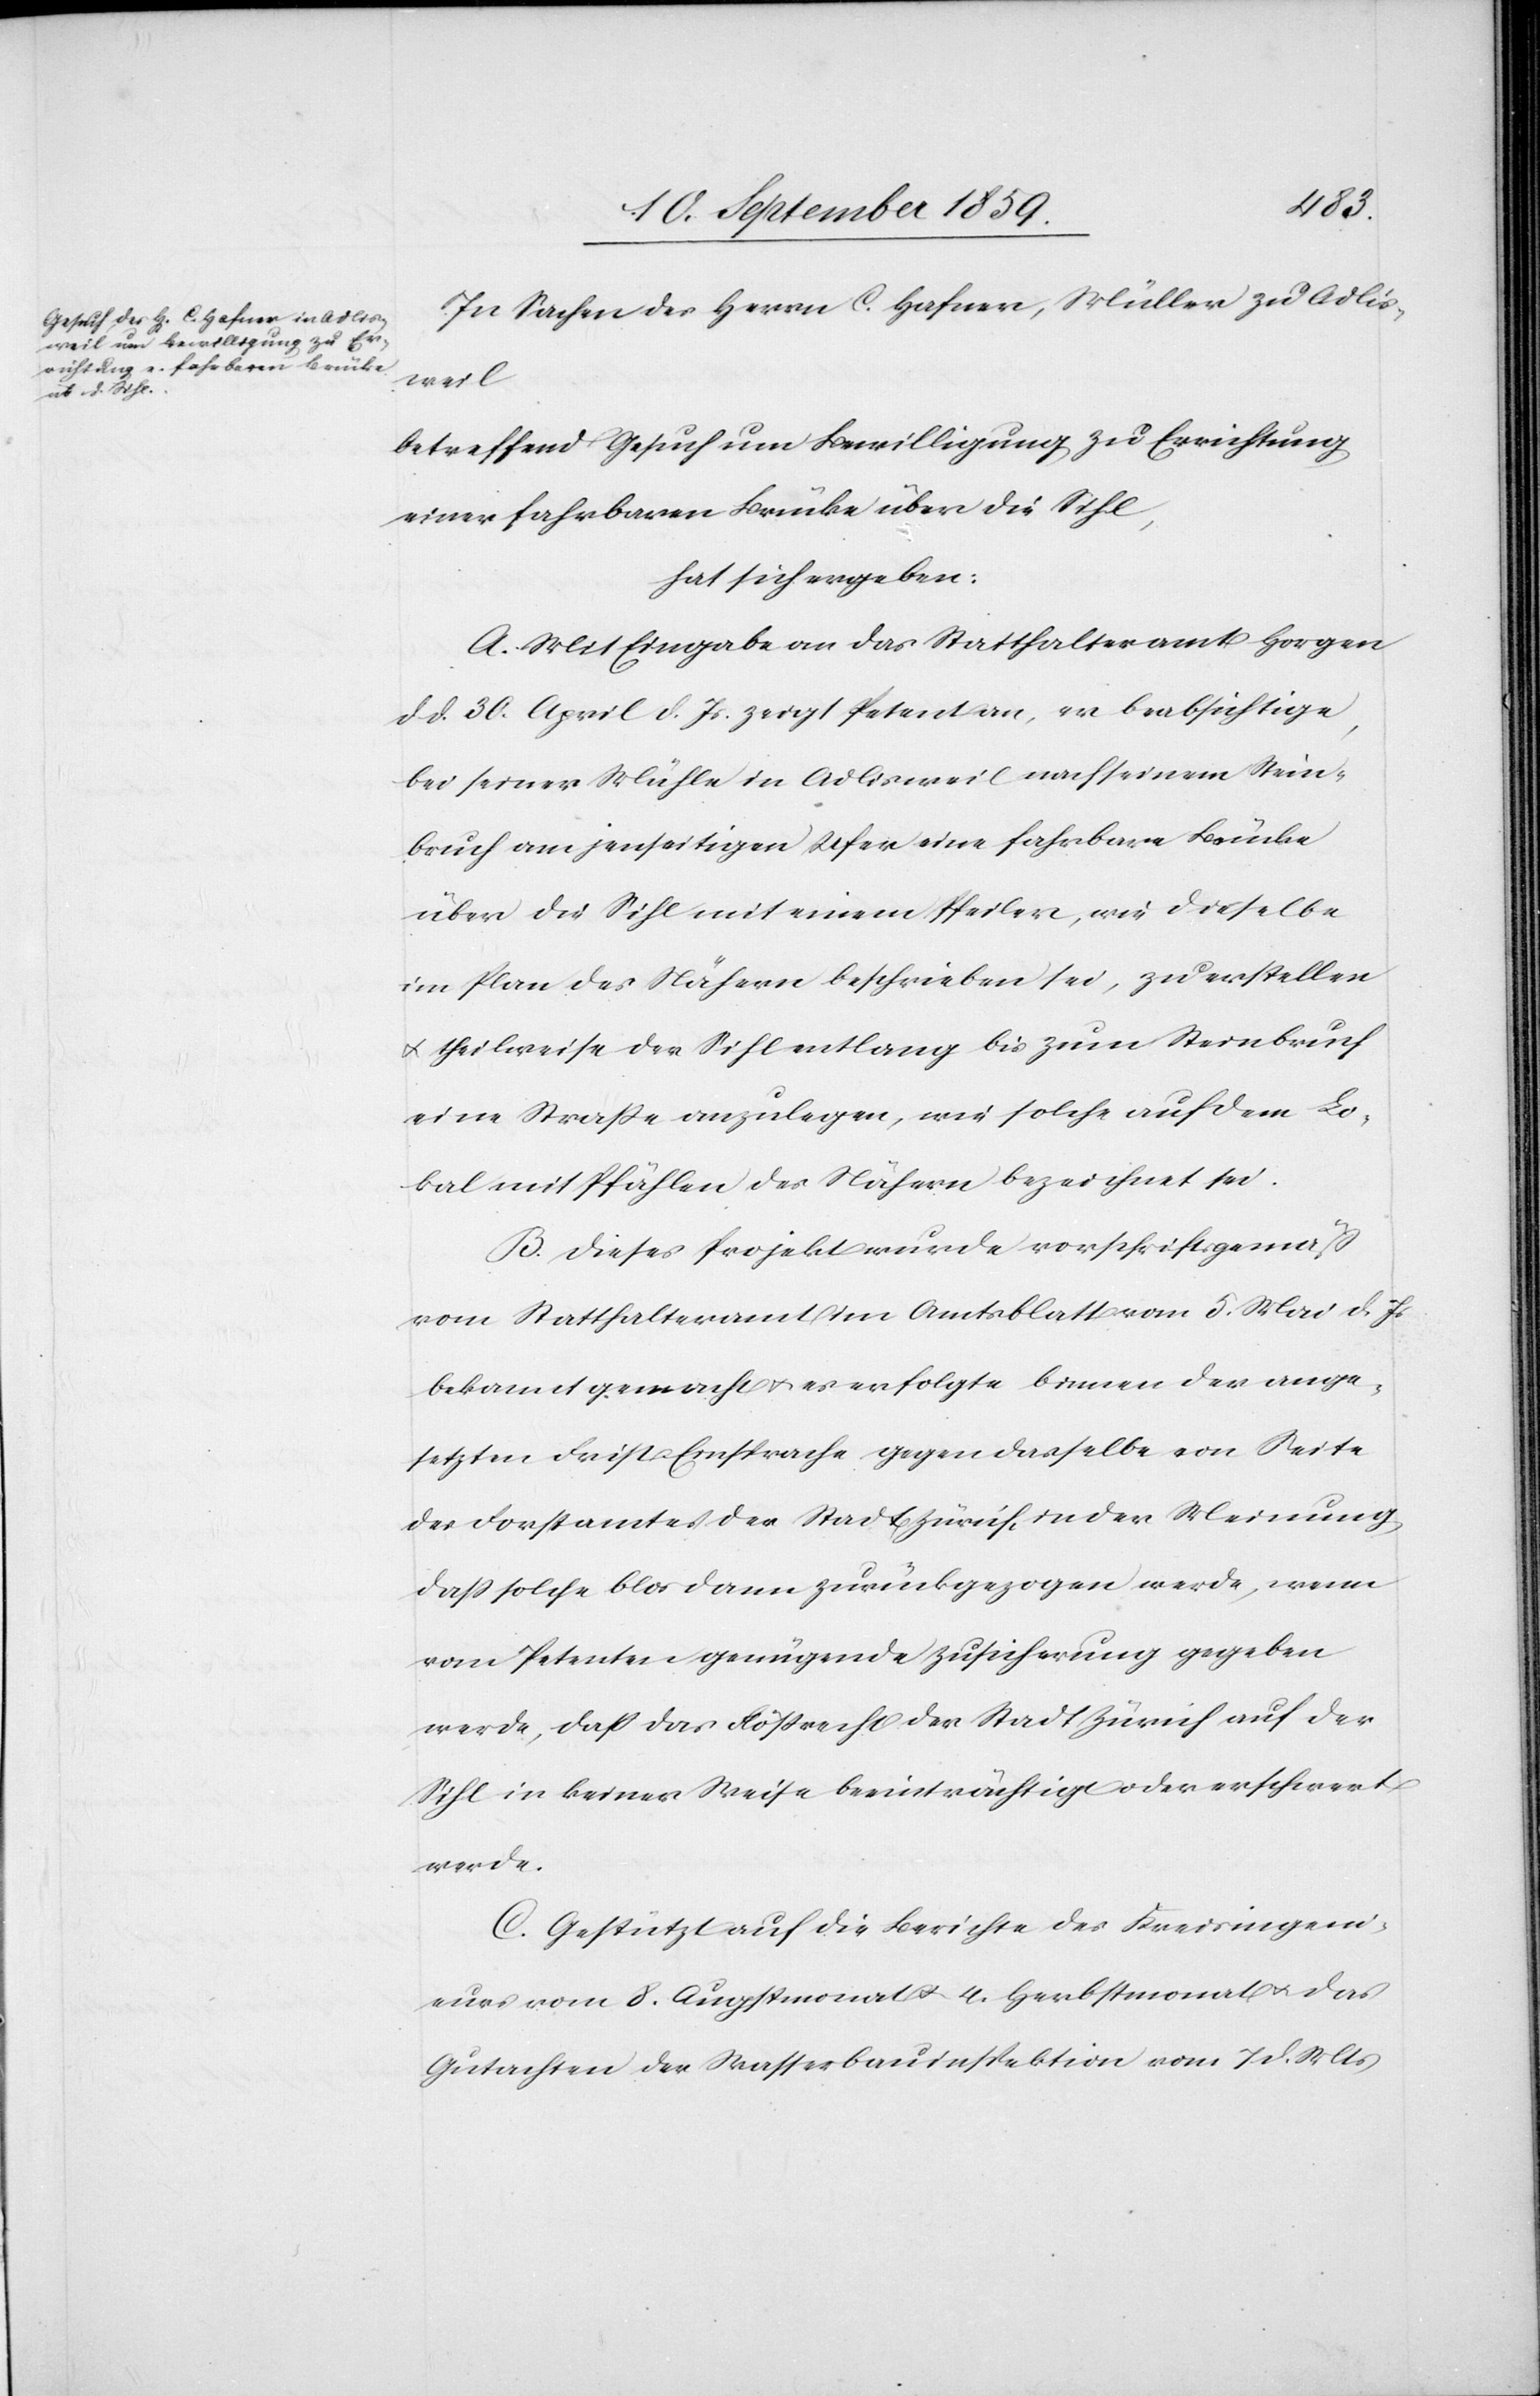
In Sachen des Herrn C. Hafner, Müller zu Adlis¬
weil
betreffend Gesuch um Bewilligung zu Errichtung
einer fahrbaren Brücke über die Sihl,
hat sich ergeben:
A. Mit Eingabe an das Statthalteramt Horgen
d. d. 30. April d. Js. zeigt Petent an, er beabsichtige
bei seiner Mühle in Adlisweil (nach seinem Stein¬
bruch am jenseitigen Ufer eine fahrbare Brücke
über die Sihl mit einem Pfeiler, wie dieselbe
im Plan des Nähern beschrieben sei, zu erstellen
& theilweise der Sihl entlang bis zum Steinbruch
eine Straße anzulegen, wie solche auf dem Lo¬
kal mit Pfählen des Nähern bezeichnet sei.
B. Dieses Projekt wurde vorschriftsgemäß
vom Statthalteramt im Amtsblatt vom 5. Mai d. Js.
bekannt gemacht & es erfolgte binnen der ange¬
setzten Frist Einsprache gegen dasselbe von Seite
des Forstamtes der Stadt Zürich, in der Meinung,
daß solche blos dann zurückgezogen werde, wenn
vom Petenten genügende Zusicherung gegeben
werde, daß das Flößrecht der Stadt Zürich auf der
Sihl in keiner Weise beeinträchtigt oder erschwert
werde.
C. Gestützt auf die Berichte des Kreisingeni¬
eurs vom 8. Augstmonat & 4. Herbstmonat & das
Gutachten der Wasserbauinspektion vom 7 d. Mts.